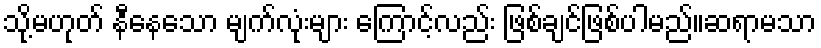
သို့မဟုတ် နီနေသော မျက်လုံးများ ကြောင့်လည်း ဖြစ်ချင်ဖြစ်ပါမည်။ဆရာမသာ